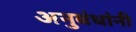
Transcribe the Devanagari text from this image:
अनुबंधांनी